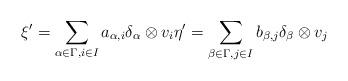
LaTeX: \begin{align*}\xi' = \sum_{\alpha\in \Gamma,i\in I} a_{\alpha,i} \delta_\alpha \otimes v_i\eta' = \sum_{\beta\in \Gamma,j\in I} b_{\beta,j} \delta_\beta \otimes v_j\end{align*}